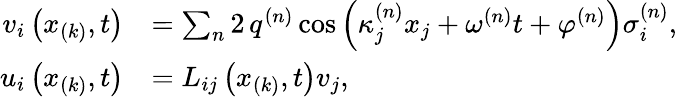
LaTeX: \begin{array}{rl}{v_{i}\left(x_{(k)},t\right)}&{=\sum_{n}2\, q^{(n)}\cos\left(\kappa_{j}^{(n)}x_{j}+\omega^{(n)}t+\varphi^{(n)}\right)\sigma_{i}^{(n)},}\\ {u_{i}\left(x_{(k)},t\right)}&{=L_{ij}\left(x_{(k)},t\right)v_{j},}\end{array}